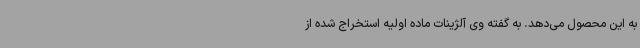
به این محصول می‌دهد. به گفته وی آلژینات ماده اولیه استخراج شده از